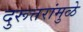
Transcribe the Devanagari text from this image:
दुरूत्तरांमुळे